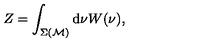
Z = \int _ { \Sigma ( { \cal M } ) } \mathrm { d } \nu W ( \nu ) ,